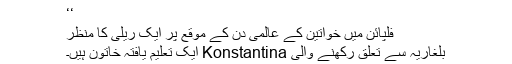
‘‘
فلپائن میں خواتین کے عالمی دن کے موقع پر ایک ریلی کا منظر
بلغاریہ سے تعلق رکھنے والی Konstantina ایک تعلیم یافتہ خاتون ہیں۔